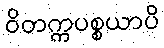
ဝိတက္ကပစ္စယာပိ